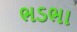
ભડભા